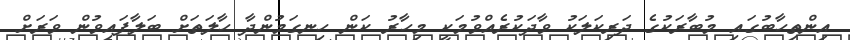
އިންތިހާބުގައި މުބާރަކުގެ ދަރިކަލަކު ވާދަކުރެއްވުމަކީ މިހާރު ކަން ހިނގަމުންދާ ހާލަތަށް ބަލާފައިވުން ވަރަށް